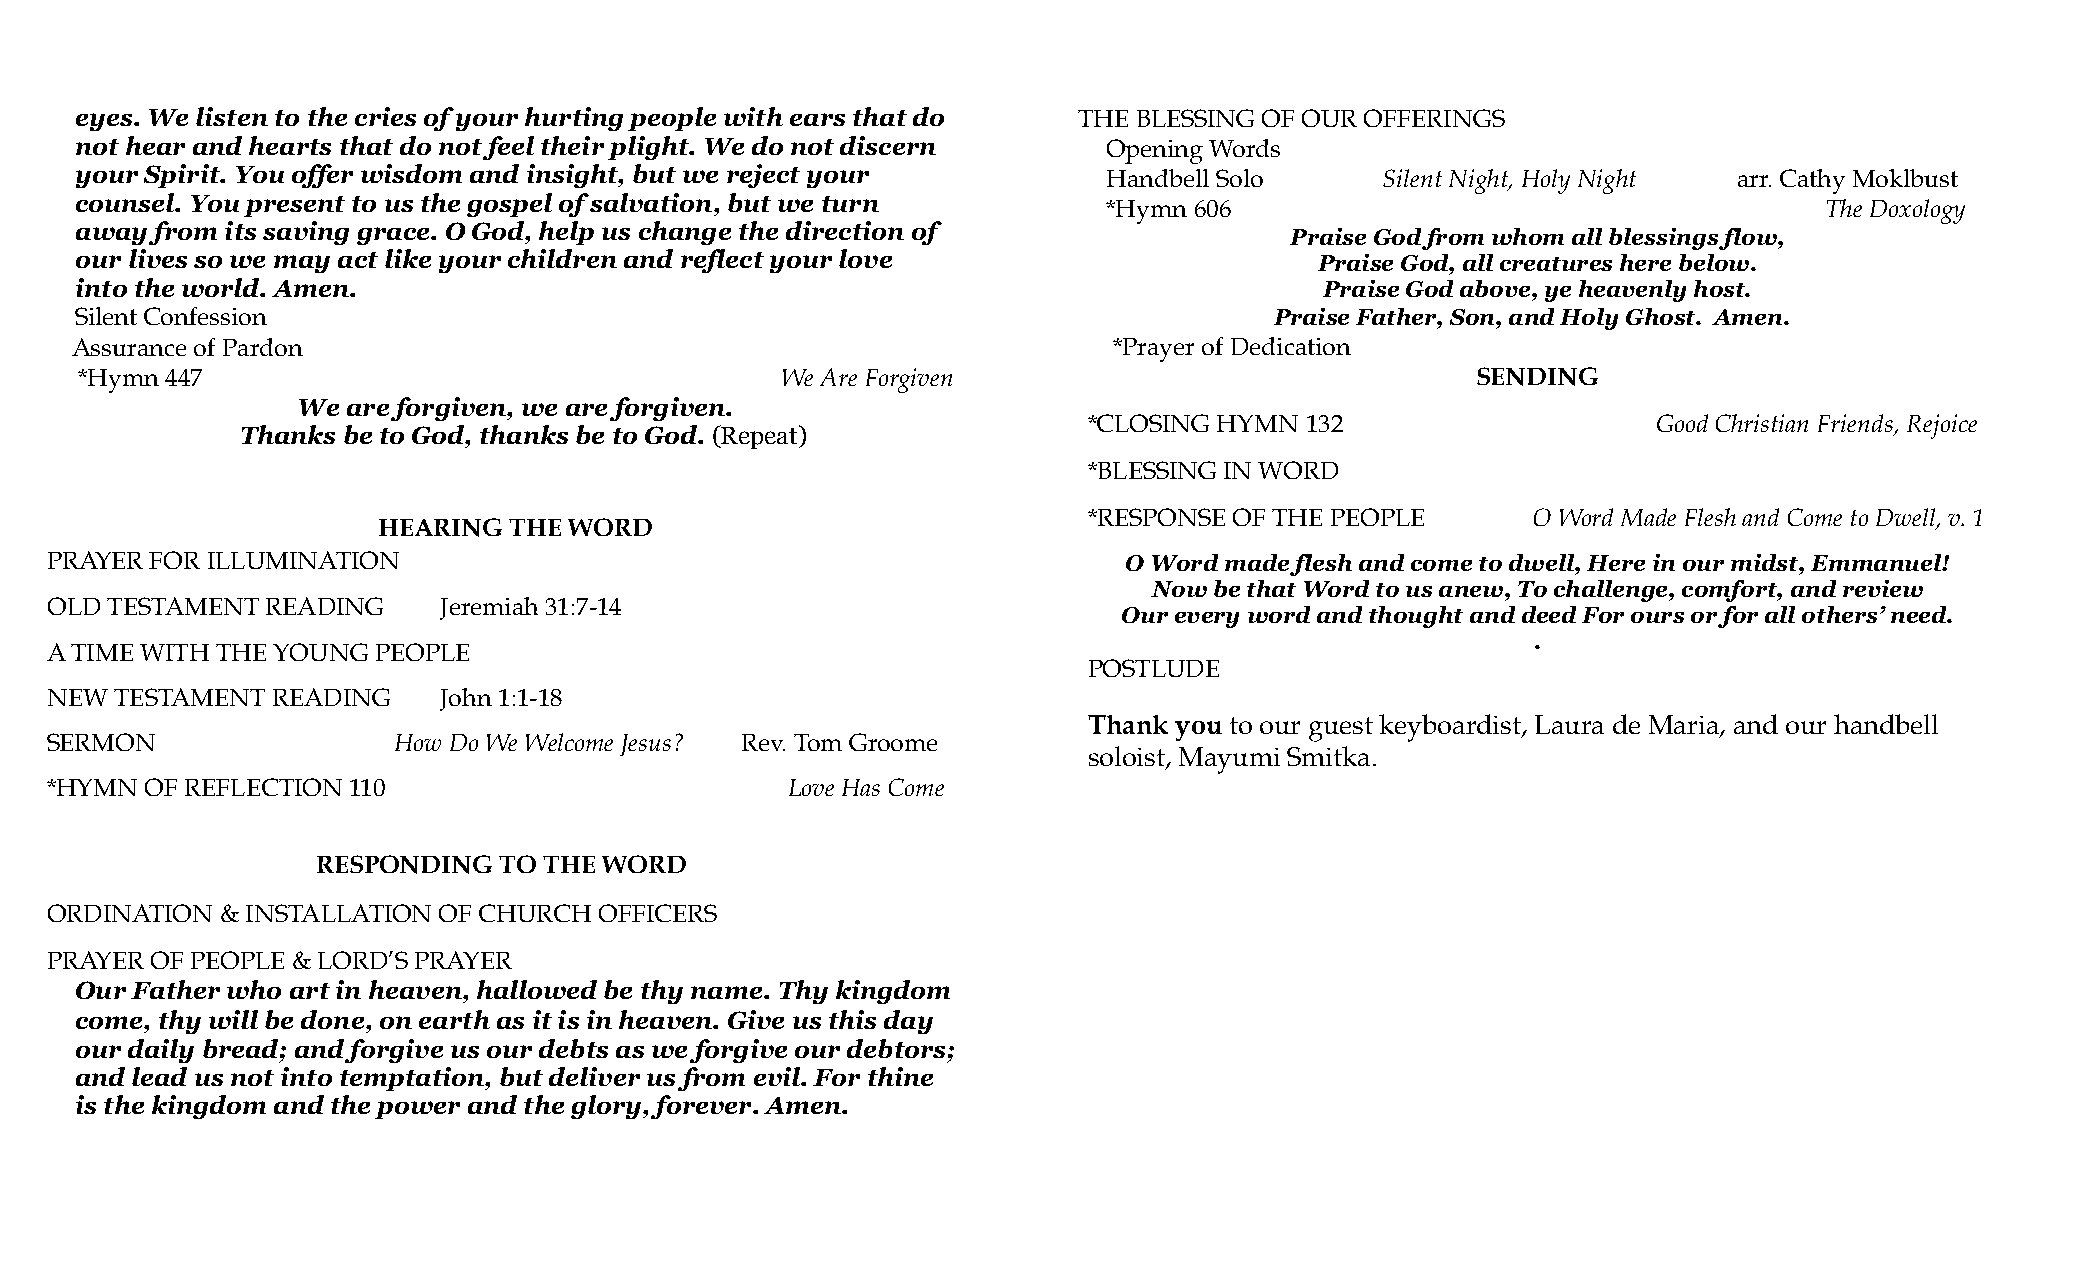
eyes. We listen to the cries of your hurting people with ears that do THE BLESSING OF OUR OFFERINGS
 not hear and hearts that do not feel their plight. We do not discern Opening Words
 your Spirit. You offer wisdom and insight, but we reject your       Handbell Solo      Silent Night, Holy Night arr. Cathy Moklbust
 counsel. You present to us the gospel of salvation, but we turn
 *Hymn 606                                       TheDoxology
 away from its saving grace. O God, help us change the direction of
 Praise God from whom all blessings flow,
 our lives so we may act like your children and reflect your love                  Praise God, all creatures here below.
 into the world. Amen.                                                              Praise God above, ye heavenly host.
 Silent Confession                                                              Praise Father, Son, and Holy Ghost. Amen.
 Assurance of Pardon                                                  *Prayer of Dedication
 *Hymn 447                                      We Are Forgiven                               SENDING
 We are forgiven, we are forgiven.
 *CLOSING HYMN 132                     Good Christian Friends, Rejoice
 Thanks be to God, thanks be to God. (Repeat)
 *BLESSING IN WORD
 *RESPONSE OF THE PEOPLE      O Word MadeFlesh and Come to Dwell, v. 1
 HEARING  THE WORD
 PRAYER FOR ILLUMINATION                                                 O Word made flesh and come to dwell, Here in our midst, Emmanuel!
 Now be that Word to us anew, To challenge, comfort, and review
 OLD TESTAMENT  READING    Jeremiah 31:7-14
 Our every word and thought and deed For ours or for all others’ need.
 .
 A TIME WITH THE YOUNG PEOPLE
 POSTLUDE
 NEW  TESTAMENT READING    John 1:1-18
 Thank you to our guest keyboardist, Laura de Maria, and our handbell
 SERMON                 How Do We Welcome Jesus? Rev. Tom Groome
 soloist, Mayumi Smitka.
 *HYMN  OF REFLECTION 110                         Love Has Come
 RESPONDING  TO THE WORD
 ORDINATION  & INSTALLATION OF CHURCH OFFICERS
 PRAYER OF PEOPLE & LORD’S PRAYER
 Our Father who art in heaven, hallowed be thy name. Thy kingdom
 come, thy will be done, on earth as it is in heaven. Give us this day
 our daily bread; and forgive us our debts as we forgive our debtors;
 and lead us not into temptation, but deliver us from evil. For thine
 is the kingdom and the power and the glory, forever. Amen.